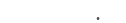
: